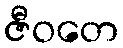
ဇီဝတေ